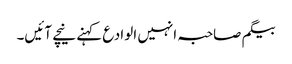
بیگم صاحبہ انہیں الوادع کہنے نیچے آئیں۔